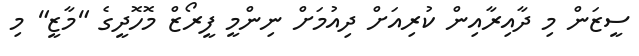
ސީޒަން މި ދާއިރާއިން ކުރިއަށް ދިއުމަށް ނިންމީ ފީރޯޒް މޮހޮދީގެ "މާޒީ" މި